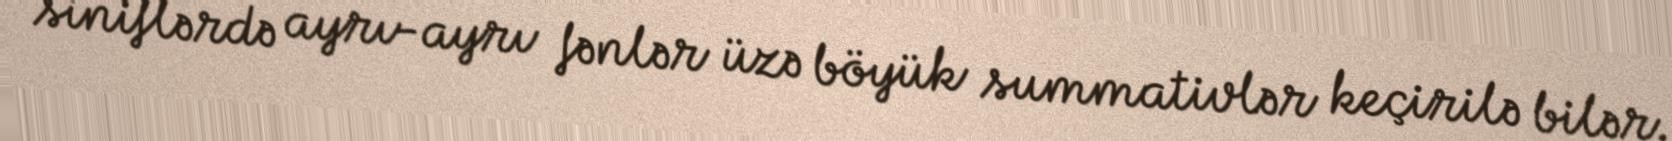
siniflərdə ayrı-ayrı fənlər üzə böyük summativlər keçirilə bilər.